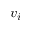
v _ { i }